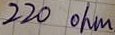
Text: 220 ohm